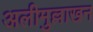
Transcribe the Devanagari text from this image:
अलीमुल्लाखन